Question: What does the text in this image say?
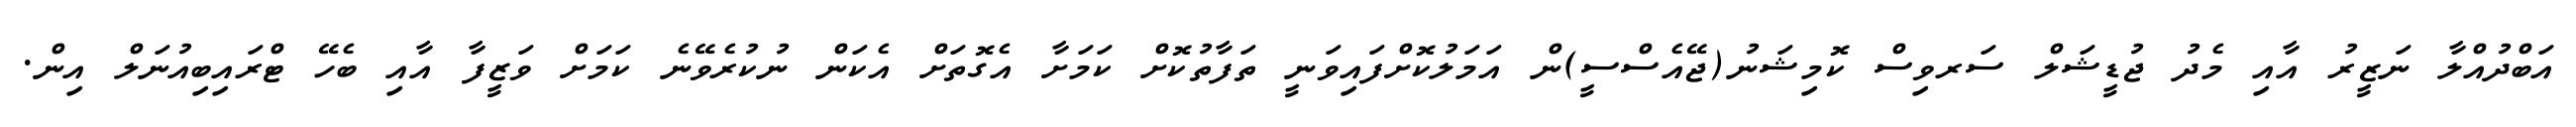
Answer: އަބްދުއްލާ ނަޒީރު އާއި މެދު ޖުޑީޝަލް ސަރވިސް ކޮމިޝަނު(ޖޭއެސްސީ)ން އަމަލުކޮށްފައިވަނީ ތަފާތުކޮށް ކަމަށާ އެގޮތަށް އެކަން ނުކުރެވޭނެ ކަމަށް ވަޒީފާ އާއި ބެހޭ ޓްރައިބިއުނަލް އިން.